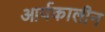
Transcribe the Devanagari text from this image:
आर्यकालीन